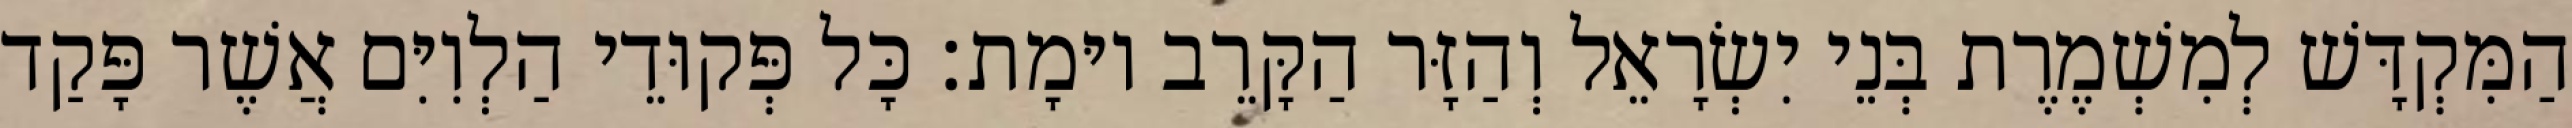
הַמִּקְדָּשׁ לְמִשְׁמֶרֶת בְּנֵי יִשְׂרָאֵל וְהַזָּר הַקָּרֵב יוּמָת׃ כָּל פְּקוּדֵי הַלְוִיִּם אֲשֶׁר פָּקַד